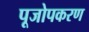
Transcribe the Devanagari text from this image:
पूजोपकरण